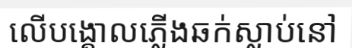
លើបង្គោលភ្លើងឆក់ស្លាប់នៅ